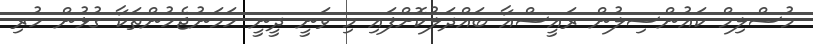
މުސްލިމް ކައުންސިލުން ރައީސްއާ ބައްދަލުކޮށްފައި މި ވަނީ ދީނީ ހަމަނުޖެހުންތަކާ ގުޅުން ހުރި